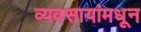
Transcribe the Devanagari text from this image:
व्यवसायांमधून